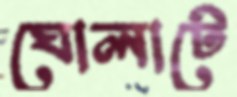
ঘোলাটে